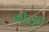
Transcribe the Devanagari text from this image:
कौन्ड्रल